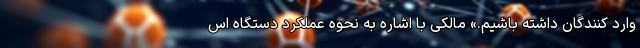
وارد کنندگان داشته باشیم.» مالکی با اشاره به نحوه عملکرد دستگاه اس